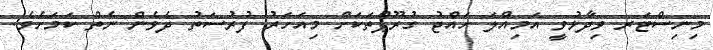
މިނިސްޓަރ ވިދާޅުވީ އަމިއްލަ ހައްޖު ގުރޫޕްތަކަށް މިއަހަރު ފުރުސަތު ދެވެން ނެތް ކަމަށެވެ.